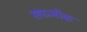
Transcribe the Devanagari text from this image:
सपत्‍नीक